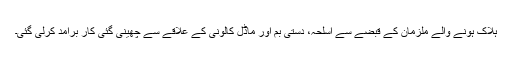
ہلاک ہونے والے ملزمان کے قبضے سے اسلحہ، دستی بم اور ماڈل کالونی کے علاقے سے چھینی گئی کار برآمد کرلی گئی۔